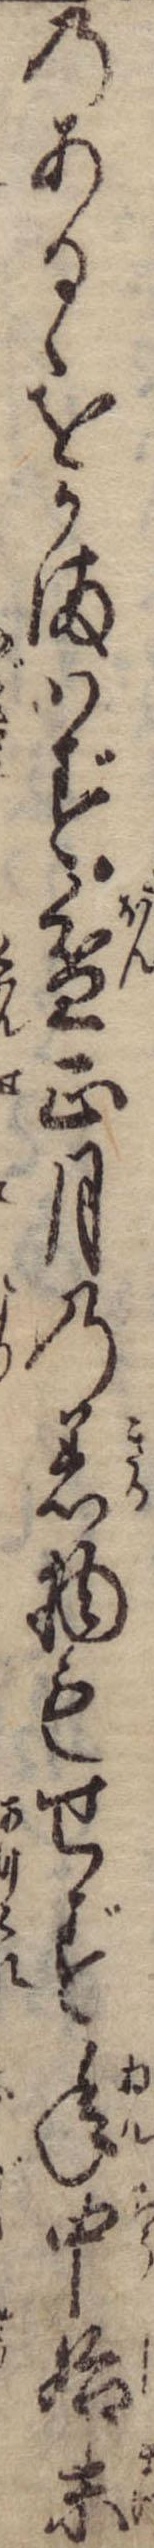
のあるゝをかまはず盆正月の着物もせず年中始末